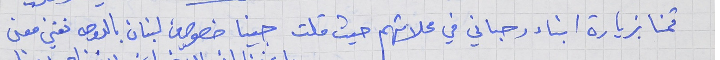
قمنا بزيارة ابناء رحباني في محلاتهم حيث قلت جينا خصوصي من لبنان      بالدوحه نغني معنى